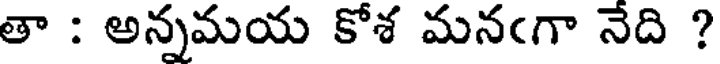
తా : అన్నమయ కోశ మనఁగా నేది ?